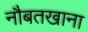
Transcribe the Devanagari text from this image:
नौबतखाना